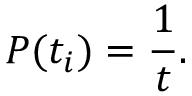
P ( t _ { i } ) = \frac { 1 } { t } .